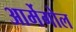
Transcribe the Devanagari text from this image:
आर्मेगोल